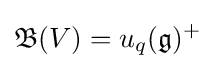
{\mathfrak {B}}(V)=u_{q}({\mathfrak {g}})^{+}